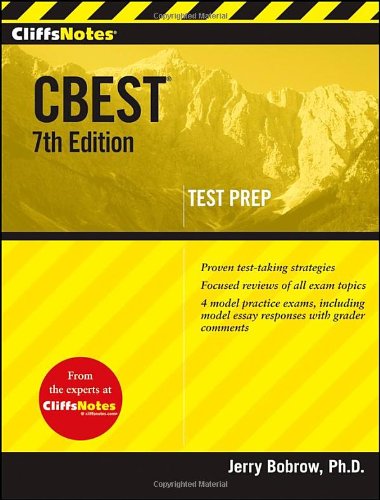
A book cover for CliffsNotes CBEST, 7th Edition (Cliffs Test Prep CBEST); Jerry Bobrow; Test Preparation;